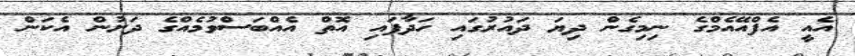
އެއީ އެފްއޭއެމްގެ ނިމިގެން ދިޔަ ދައުރުގައި ހަދާފައި އޮތް އެއްބަސްވުމެއްގެ ދަށުން އެކަން